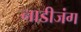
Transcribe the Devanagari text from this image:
नाडीजंग